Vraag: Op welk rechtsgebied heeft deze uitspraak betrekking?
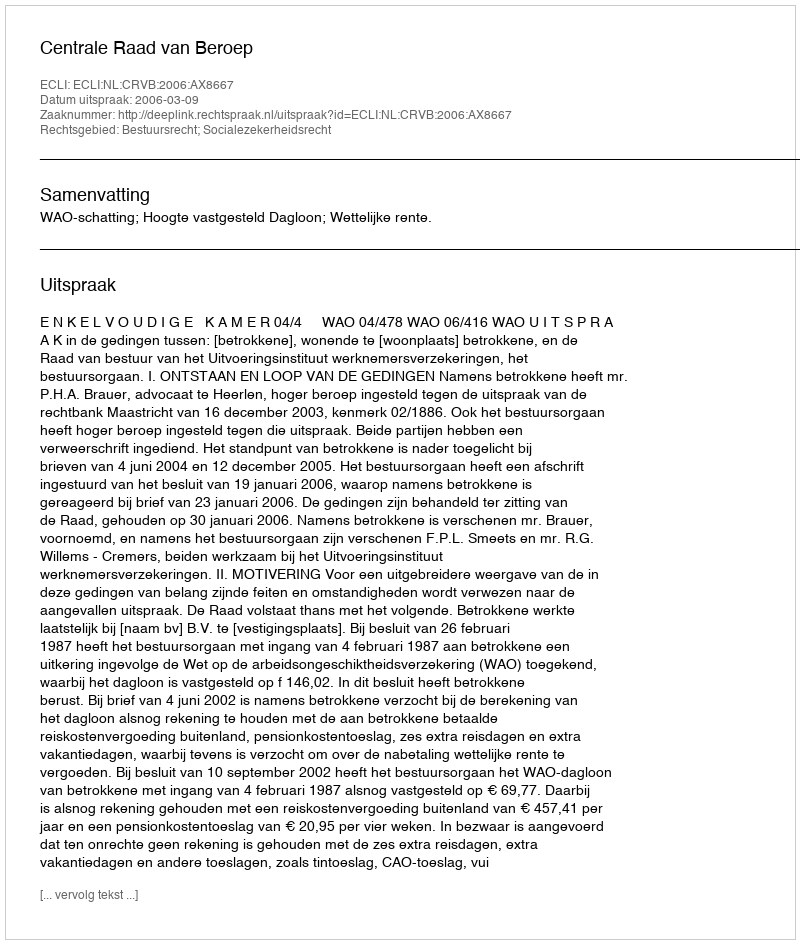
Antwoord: Bestuursrecht; Socialezekerheidsrecht